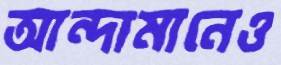
আন্দামানেও